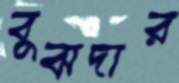
বুঝদার